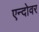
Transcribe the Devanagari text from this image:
एन्दोवर